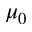
\mu _ { 0 }